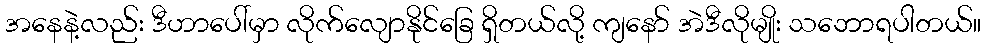
အနေနဲ့လည်း ဒီဟာပေါ်မှာ လိုက်လျောနိုင်ခြေ ရှိတယ်လို့ ကျနော် အဲဒီလိုမျိုး သဘောရပါတယ်။